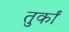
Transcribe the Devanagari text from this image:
तुर्कां